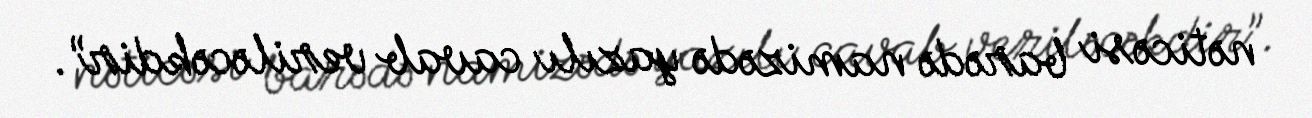
nəticəsi barədə namizədə yazılı cavab veriləcəkdir”.